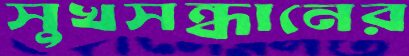
সুখসন্ধানের